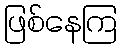
ဖြစ်နေကြ